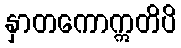
နှာတကောဣတိပိ